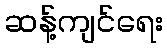
ဆန့်ကျင်ရေး